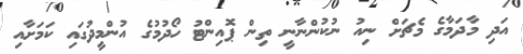
އަދި މާދަމާގެ މެޗަށް ނިއު ނުކުންނާނީ ތިން ޕޮއިންޓު ހޯދުމުގެ އުންމީދުގައި ކަމަށާއި